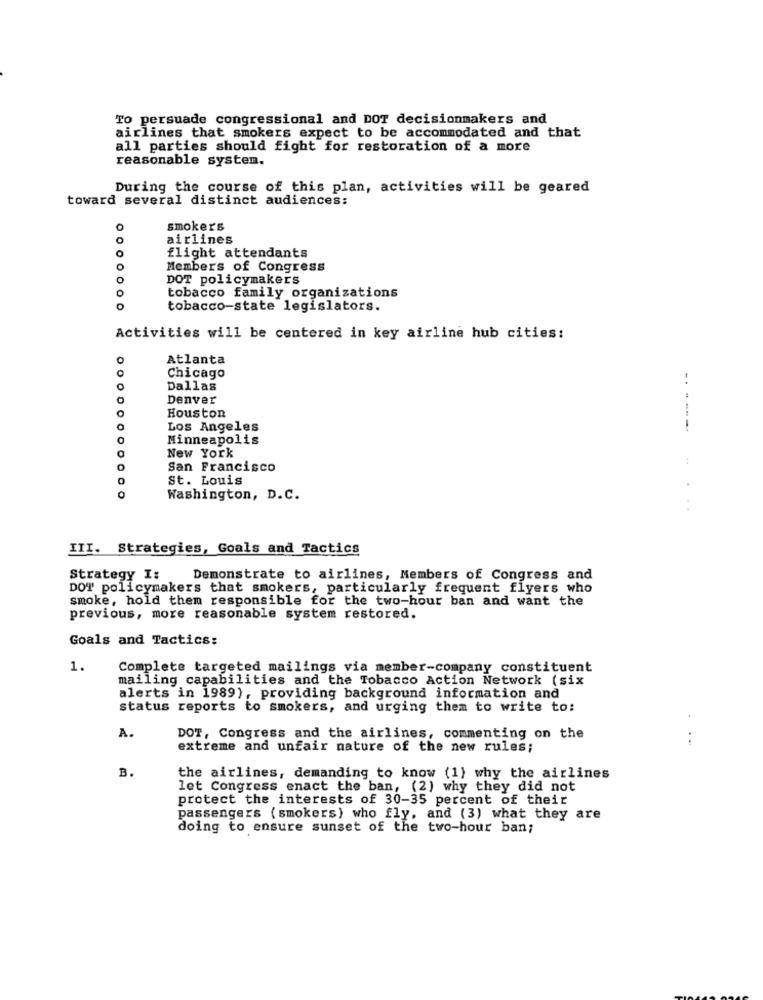
To persuade congressional and DOT decisionmakers and
airlines that smokers expect to be accommodated and that
all parties should fight for restoration of a more
reasonable systen.
During the course of this plan, activities will be geared
toward several distinct audiences:
smokers
airlines
flight attendants
o
Members of Congress
DOT policymakers
O
tobacco family organizations
0
0000000
tobacco-state legislators.
Activities will be centered in key airline hub cities:
Atlanta
Chicago
000
Dallas
Denver
Houston
Los Angeles
----
Minneapolis
New York
San Francisco
St. Louis
0
Washington, D.C.
. .
III. Strategies, Goals and Tactics
Strategy I:
Demonstrate to airlines, Members of Congress and
DOT policymakers that smokers, particularly frequent flyers who
smoke, hold them responsible for the two-hour ban and want the
previous, more reasonable system restored.
Goals and Tactics:
1.
Complete targeted mailings via member-company constituent
mailing capabilities and the Tobacco Action Network (six
alerts in 1989), providing background information and
status reports to smokers, and urging them to write to:
A.
DOT, Congress and the airlines, commenting on the
extreme and unfair nature of the new rules;
B.
the airlines, demanding to know (1) why the airlines
let Congress enact the ban, (2) why they did not
protect the interests of 30-35 percent of their
passengers (smokers) who fly, and (3) what they are
doing to ensure sunset of the two-hour ban;